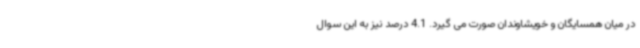
در میان همسایگان و خویشاوندان صورت می گیرد. 4.1 درصد نیز به این سوال